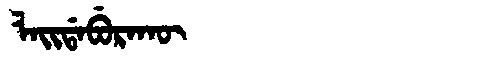
Manchu: ᠯᠠᡳᡩᠠᠪᡠᡵᠠᡴᡡ
Romanization: LAIDABURAKŪ